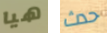
هيا حدث